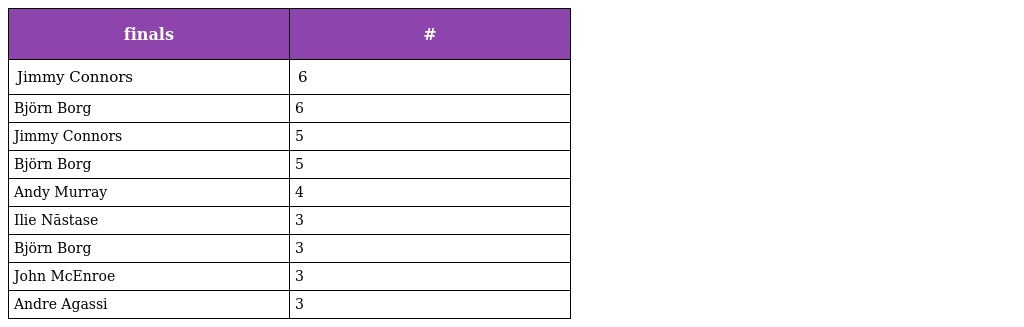
| finals | # |
 | --- | --- |
 | Jimmy Connors | 6 |
 | Björn Borg | 6 |
 | Jimmy Connors | 5 |
 | Björn Borg | 5 |
 | Andy Murray | 4 |
 | Ilie Năstase | 3 |
 | Björn Borg | 3 |
 | John McEnroe | 3 |
 | Andre Agassi | 3 |